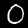
Label: 0